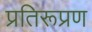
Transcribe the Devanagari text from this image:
प्रतिरूप्रण